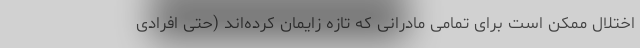
اختلال ممکن است برای تمامی مادرانی که تازه زایمان کرده‌اند (حتی افرادی